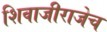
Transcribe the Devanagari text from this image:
शिवाजीराजेच